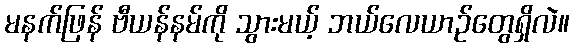
မနက်ဖြန် ဗီယန်နမ်ကို သွားမယ့် ဘယ်လေယာဉ်တွေရှိလဲ။